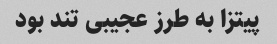
پیتزا به طرز عجیبی تند بود